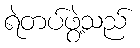
ရဲတပ်ဖွဲ့သည်